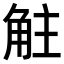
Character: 𧣓